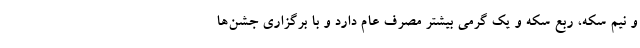
و نیم سکه، ربع سکه و یک گرمی بیشتر مصرف عام دارد و با برگزاری جشن‌ها